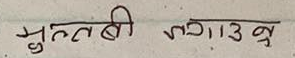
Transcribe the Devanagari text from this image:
मुल्तबी न ८०, १३ ब